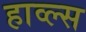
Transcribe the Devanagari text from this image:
हाव्ल्स